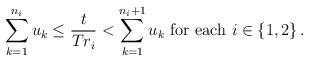
LaTeX: \begin{align*}\sum\limits_{k=1}^{n_i}u_k\leq \frac{t}{Tr_i}<\sum\limits_{k=1}^{n_i+1}u_k \textrm{ for each } i\in \{1,2\}\,.\end{align*}